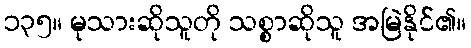
၁၃၅။ မုသားဆိုသူတို သစ္စာဆိုသူ အမြဲနိုင်၏။